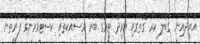
އުރީދޫއިން ގަބޫލު ކުރާ ގޮތުގައި އުރީދޫ ޓީމުގެ ބުރަ މަސައްކަތާއި ކަސްޓަމަރުންގެ ފަރާތުން